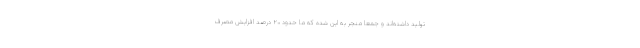
تولید داشته‌اند و جمعا منجر به این شده که ما حدود ۲۰ درصد افزایش مصرف